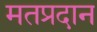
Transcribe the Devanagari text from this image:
मतप्रदान